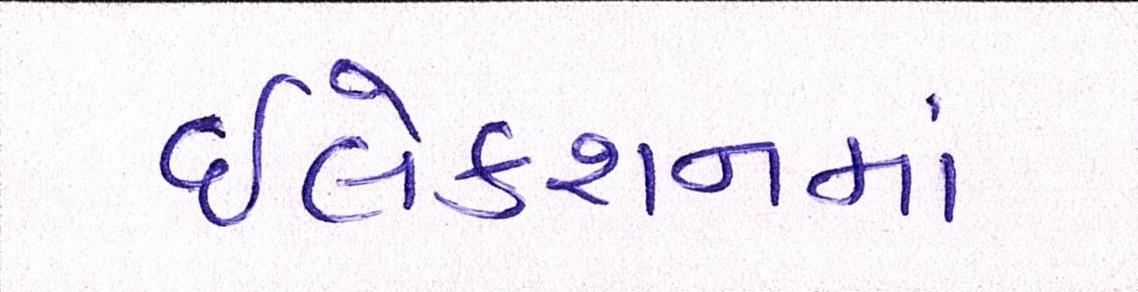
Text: ઇલેક્શનમાં